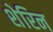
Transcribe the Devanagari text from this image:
शेरिन